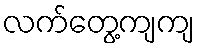
လက်တွေ့ကျကျ